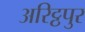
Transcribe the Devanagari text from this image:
अरिट्ठपुर